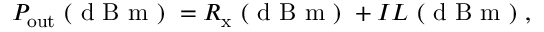
P _ { \mathrm { o u t } } \mathrm { ~ ( ~ d ~ B ~ m ~ ) ~ } = R _ { \mathrm { x } } \mathrm { ~ ( ~ d ~ B ~ m ~ ) ~ } + I L \mathrm { ~ ( ~ d ~ B ~ m ~ ) ~ } ,